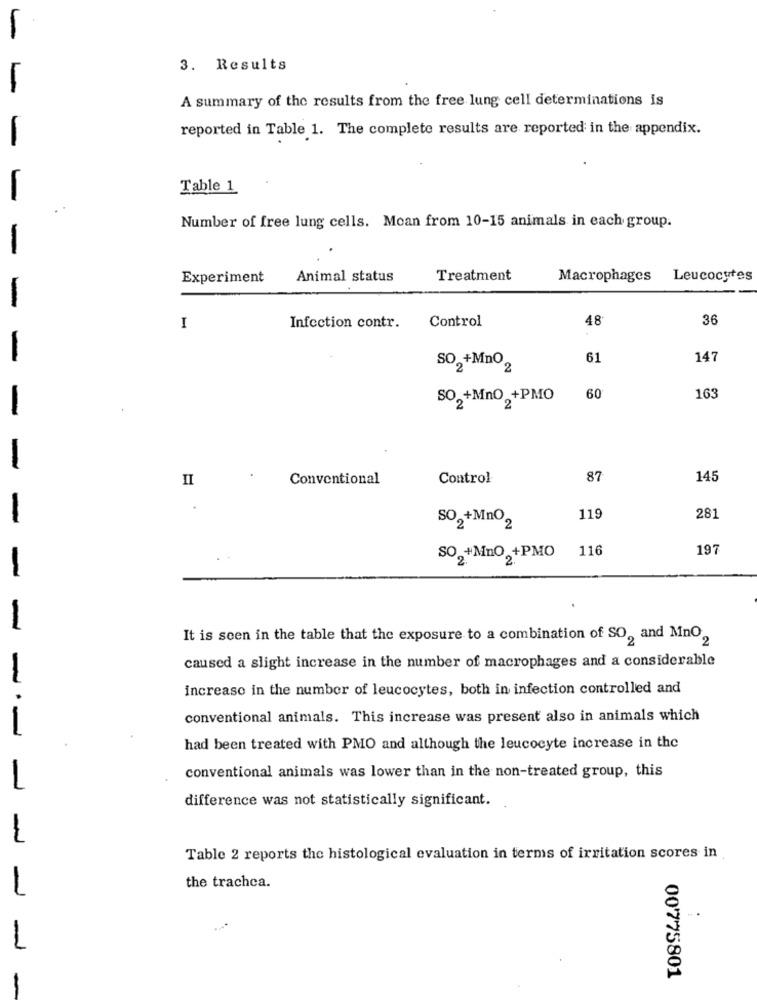
-
3. Results
A summary of the results from the free lung cell determinations is
reported in Table 1. The complete results are reported in the appendix.
Table 1
-
Number of free lung cells. Moan from 10-15 animals in each group.
-
Experiment
Animal status
Treatment
Macrophages
Leucocytes
Control
48
36
I
Infection contr.
61
147
SO„+Mno,
SO,+MnO +PMO
60
163
II
Conventional
Control
87
145
-
SO2+Mno2
119
281
116
197
SO, +MnO +PMO
-
-
It is seen in the table that the exposure to a combination of SO, and Mno,
caused a slight increase in the number of macrophages and a considerable
increase in the number of leucocytes, both in infection controlled and
conventional animals. This increase was present also in animals which
--
had been treated with PMO and although the leucocyte increase in the
1
conventional animals was lower than in the non-treated group, this
difference was not statistically significant.
Table 2 reports the histological evaluation in terms of irritation scores in
1
the trachca.
1
00775801